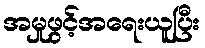
အမှုဖွင့်အရေးယူပြီး